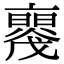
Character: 𠆝